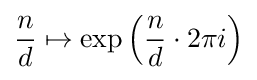
{\frac {n}{d}}\mapsto \exp \left({\frac {n}{d}}\cdot 2\pi i\right)